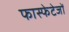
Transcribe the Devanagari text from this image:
फास्फेटेजों